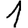
Digit: 1